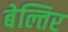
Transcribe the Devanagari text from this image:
बेल्तिर